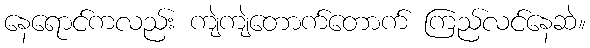
နေရောင်ကလည်း ကျဲကျဲတောက်တောက် ကြည်လင်နေဆဲ။